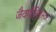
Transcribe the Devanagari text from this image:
जैवपॉलिएस्टर